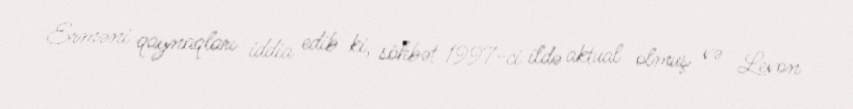
Erməni qaynaqları iddia edib ki, söhbət 1997-ci ildə aktual olmuş və Levon